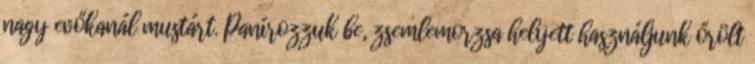
nagy evőkanál mustárt. Panírozzuk be, zsemlemorzsa helyett használjunk őrölt